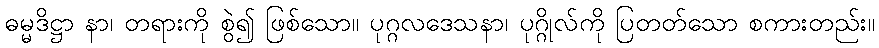
ဓမ္မဒိဋ္ဌာ နာ၊ တရားကို စွဲ၍ ဖြစ်သော။ ပုဂ္ဂလဒေသနာ၊ ပုဂ္ဂိုလ်ကို ပြတတ်သော စကားတည်း။